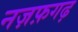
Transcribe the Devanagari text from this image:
नज़फ़गढ़